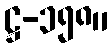
ဋ္ဌ-၁၅၈။